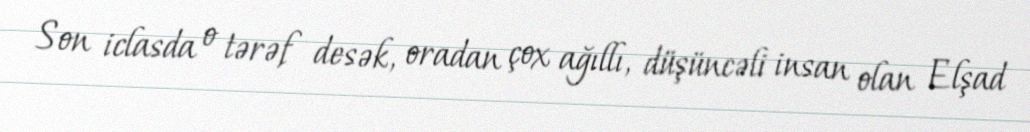
Son iclasda o tərəf desək, oradan çox ağıllı, düşüncəli insan olan Elşad